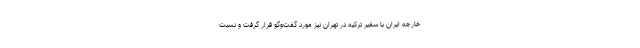
خارجه ايران با سفير تركيه در تهران نيز مورد گفت‌وگو قرار گرفت و نسبت